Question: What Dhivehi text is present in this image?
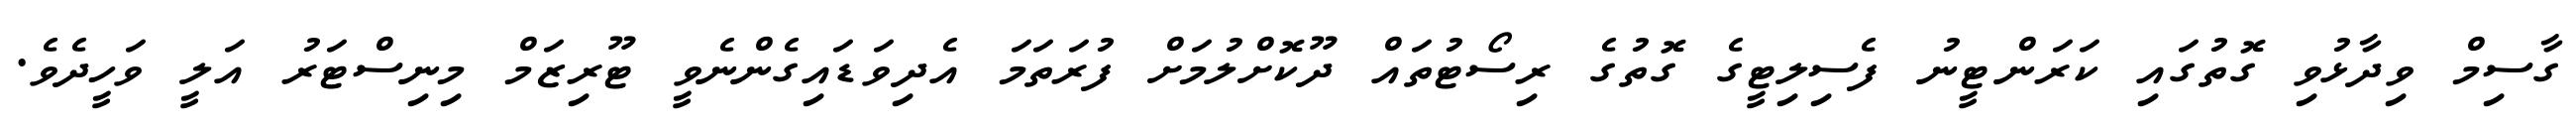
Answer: ގާސިމް ވިދާޅުވި ގޮތުގައި ކަރަންޓީނު ފެސިލިޓީގެ ގޮތުގެ ރިސޯޓުތައް ދޫކޮށްލުމަށް ފުރަތަމަ އެދިވަޑައިގެންނެވީ ޓޫރިޒަމް މިނިސްޓަރު އަލީ ވަހީދެވެ.